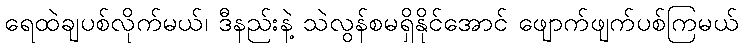
ရေထဲချပစ်လိုက်မယ်၊ ဒီနည်းနဲ့ သဲလွန်စမရှိနိုင်အောင် ဖျောက်ဖျက်ပစ်ကြမယ်